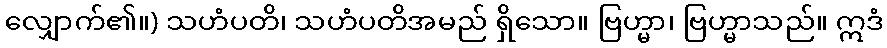
လျှောက်၏။) သဟံပတိ၊ သဟံပတိအမည် ရှိသော။ ဗြဟ္မာ၊ ဗြဟ္မာသည်။ ဣဒံ